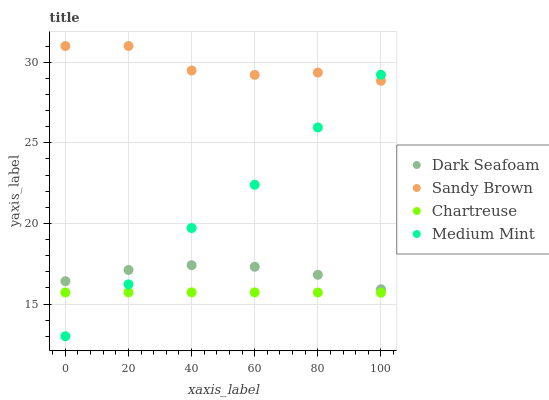
| xaxis_label | Dark Seafoam | Sandy Brown | Chartreuse | Medium Mint |
 | --- | --- | --- | --- | --- |
 | 0 | 16.4 | 31 | 15.7 | 13 |
 | 20 | 17.1 | 31 | 15.7 | 16.2 |
 | 40 | 17.4 | 29.5 | 15.7 | 19.7 |
 | 60 | 17.3 | 29.2 | 15.7 | 22.4 |
 | 80 | 16.8 | 29.4 | 15.7 | 26 |
 | 100 | 15.9 | 28.8 | 15.7 | 29.2 |